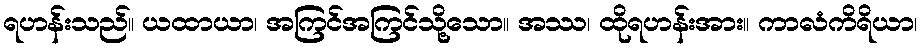
ရဟန်းသည်။ ယထာယာ၊ အကြင်အကြင်သို့သော။ အဿ၊ ထိုရဟန်းအား။ ကာလံကိရိယာ၊